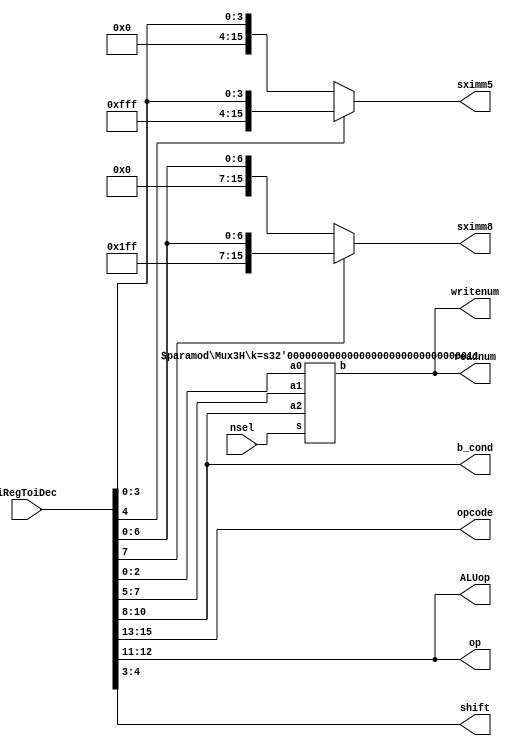


//Instruction Decoder
module InstructionDecoder(iRegToiDec,//Inputs to the Decoder
                            nsel,

                            opcode,//To FSM
                            op,

                            ALUop,//To datapath
                            sximm5,
                            sximm8,
                            shift,
                            readnum,
                            writenum,
                            b_cond);


  // Inputs/outputs to the module
  input [15:0] iRegToiDec;//Inputs to the Decoder
  input [2:0] nsel; //NOTE: Use the 1-HOT select for Rn | Rd | Rm

  output [2:0] opcode;//To FSM
  output [1:0] op;

  output [1:0] ALUop;//To datapath
  output [15:0] sximm5;
  output [15:0] sximm8;
  output [1:0] shift;
  output [2:0] readnum;
  output [2:0] writenum;
  output [2:0] b_cond;

//------------------------------------------------------------------------------

  //Wires
  wire [2:0] Rn, Rd, Rm;
  wire [2:0] muxOutNsel;

  //------------------------------------------------------------------------------

  //Module instantiating

  //outouts readnum and writenum
  Mux3H #(3) MuxToReadnumWritenum(Rn, Rd, Rm, nsel, muxOutNsel);

  //------------------------------------------------------------------------------

  //Assignments

  //input to the ALUop
  assign ALUop = iRegToiDec[12:11];
  //Sign extends bit 4
  assign sximm5 = (iRegToiDec[4])?
                  {{11{1'b1}},iRegToiDec[4:0]}:{{11{1'b0}},iRegToiDec[4:0]};
  //Sign extends bit 7;
  assign sximm8 = (iRegToiDec[7])?
                  {{8{1'b1}},iRegToiDec[7:0]}:{{8{1'b0}},iRegToiDec[7:0]};

  assign Rm = iRegToiDec[2:0];

  assign {opcode, op, //15:13, 12:11
          Rn, Rd,   //10:8, 7:5
           shift  //4:3
           } = iRegToiDec[15:3];

  //outputs of the MUX
  assign readnum = muxOutNsel;
  assign writenum = muxOutNsel;

  //Output to b_cond:
  assign b_cond = Rn;

endmodule

//******************************************************************************

//3-Input-1-HOT-Select-MUX
module Mux3H(a2, a1, a0, s, b);

  parameter k = 16;
  input [k-1:0] a2, a1, a0; //inputs
  input [2:0] s; //1-HOT Select
  output [k-1:0] b;
  reg [k-1:0] b;

  always @ ( * ) begin
    case (s)
      3'b001: b= a0;
      3'b010: b= a1;
      3'b100: b= a2;
      default: b= 16'bx; // catches errors
    endcase
  end

endmodule